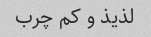
لذیذ و کم چرب